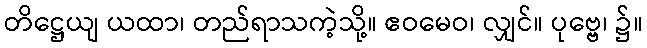
တိဋ္ဌေယျ ယထာ၊ တည်ရာသကဲ့သို့။ ဧဝမေဝ၊ လျှင်။ ပုဗ္ဗေ၊ ၌။